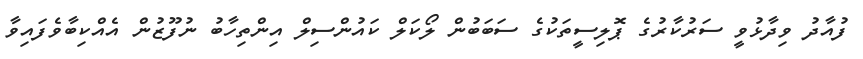
ފުއާދު ވިދާޅުވީ ސަރުކާރުގެ ޕޮލިސީތަކުގެ ސަބަބުން ލޯކަލް ކައުންސިލް އިންތިހާބު ނުފޫޒުން އެއްކިބާވެފައިވާ